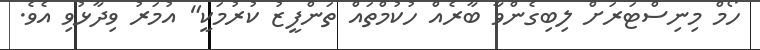
ހޯމް މިނިސްޓަރަށް ލިބިގެންވާ ބާރެއް ހުކުމްތައް ތަންފީޒު ކުރުމަކީ" އުމަރު ވިދާޅުވި އެވެ.